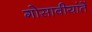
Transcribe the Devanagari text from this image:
गोसावीयांतें